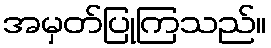
အမှတ်ပြုကြသည်။